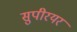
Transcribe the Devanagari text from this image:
सुपीरयर